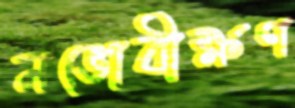
নভোবীক্ষণ